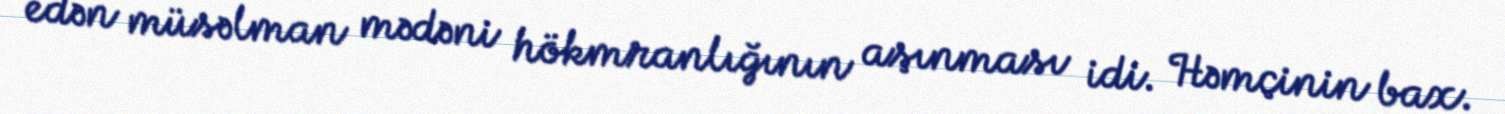
edən müsəlman mədəni hökmranlığının aşınması idi. Həmçinin bax.